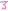
Text: 3